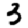
Digit: 3